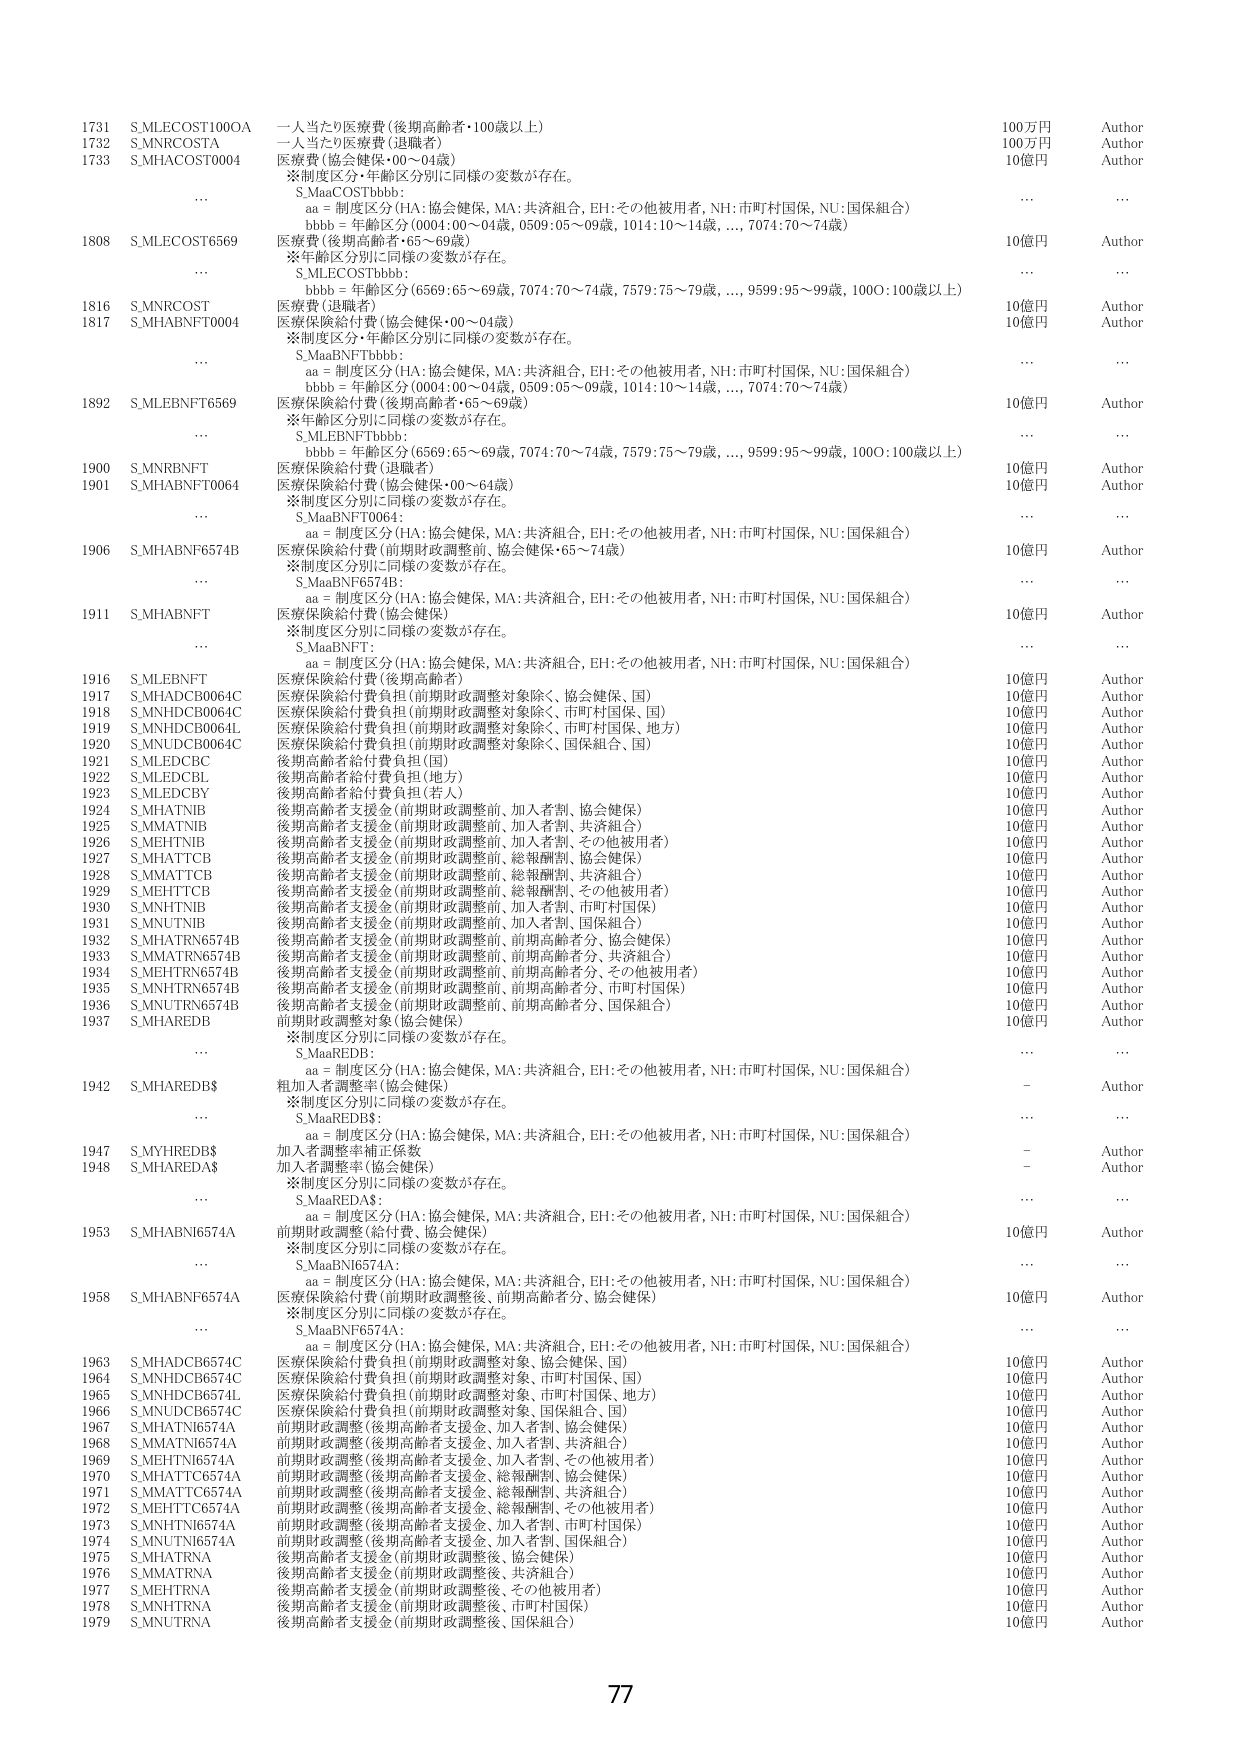
1731 S_MLECOST100OA 一人当たり医療費（後期高齢者・100歳以上） 100万円 Author
1732 S_MNRCOSTA 一人当たり医療費（退職者） 100万円 Author
1733 S_MHACOST0004 医療費（協会健保・00～04歳） 10億円 Author
　　※制度区分・年齢区分別に同様の変数が存在。
　　S_MaaCOSTbbb:
　　　aa = 制度区分（HA:協会健保, MA:共済組合, EH:その他被用者, NH:市町村国保, NU:国保組合）
　　　bbb = 年齢区分（0004:00～04歳, 0509:05～09歳, 1014:10～14歳,..., 7074:70～74歳）
　　.........
1808 S_MLECOST6569 医療費（後期高齢者・65～69歳） 10億円 Author
　　※年齢区分別に同様の変数が存在。
　　S_MLECOSTbbb:
　　　bbb = 年齢区分（6569:65～69歳, 7074:70～74歳, 7579:75～79歳,..., 9599:95～99歳, 1000:100歳以上）
　　.........
1816 S_MNRCOST 医療費（退職者） 10億円 Author
1817 S_MHABNFT0004 医療保険給付費（協会健保・00～04歳） 10億円 Author
　　※制度区分・年齢区分別に同様の変数が存在。
　　S_MaaBNFTbbb:
　　　aa = 制度区分（HA:協会健保, MA:共済組合, EH:その他被用者, NH:市町村国保, NU:国保組合）
　　　bbb = 年齢区分（0004:00～04歳, 0509:05～09歳, 1014:10～14歳,..., 7074:70～74歳）
　　.........
1892 S_MLEBNFT6569 医療保険給付費（後期高齢者・65～69歳） 10億円 Author
　　※年齢区分別に同様の変数が存在。
　　S_MLEBNFTbbb:
　　　bbb = 年齢区分（6569:65～69歳, 7074:70～74歳, 7579:75～79歳,..., 9599:95～99歳, 1000:100歳以上）
　　.........
1900 S_MNRBNFT 医療保険給付費（退職者） 10億円 Author
1901 S_MHABNFT0064 医療保険給付費（協会健保・00～64歳） 10億円 Author
　　※制度区分別に同様の変数が存在。
　　S_MaaBNFT0064:
　　　aa = 制度区分（HA:協会健保, MA:共済組合, EH:その他被用者, NH:市町村国保, NU:国保組合）
　　.........
1906 S_MHABNF6574B 医療保険給付費（前期財政調整前、協会健保・65～74歳） 10億円 Author
　　※制度区分別に同様の変数が存在。
　　S_MaaBNF6574B:
　　　aa = 制度区分（HA:協会健保, MA:共済組合, EH:その他被用者, NH:市町村国保, NU:国保組合）
　　.........
1911 S_MHABNFT 医療保険給付費（協会健保） 10億円 Author
　　※制度区分別に同様の変数が存在。
　　S_MaaBNFT:
　　　aa = 制度区分（HA:協会健保, MA:共済組合, EH:その他被用者, NH:市町村国保, NU:国保組合）
　　.........
1916 S_MLEBNFT 医療保険給付費（後期高齢者） 10億円 Author
1917 S_MHADC80064C 医療保険給付費負担（前期財政調整対象除く、協会健保、国） 10億円 Author
1918 S_MNHDC80064C 医療保険給付費負担（前期財政調整対象除く、市町村国保、国） 10億円 Author
1919 S_MNHDC80064L 医療保険給付費負担（前期財政調整対象除く、市町村国保、地方） 10億円 Author
1920 S_MNUDC80064C 医療保険給付費負担（前期財政調整対象除く、国保組合、国） 10億円 Author
1921 S_MLEDCBC 後期高齢者給付費負担（国） 10億円 Author
1922 S_MLEDCBL 後期高齢者給付費負担（地方） 10億円 Author
1923 S_MLEDCBY 後期高齢者給付費負担（若人） 10億円 Author
1924 S_MHATNIB 後期高齢者支援金（前期財政調整前、加入者割、協会健保） 10億円 Author
1925 S_MMATNIB 後期高齢者支援金（前期財政調整前、加入者割、共済組合） 10億円 Author
1926 S_MEHTNIB 後期高齢者支援金（前期財政調整前、加入者割、その他被用者） 10億円 Author
1927 S_MHATTCB 後期高齢者支援金（前期財政調整前、総報酬割、協会健保） 10億円 Author
1928 S_MMATTCB 後期高齢者支援金（前期財政調整前、総報酬割、共済組合） 10億円 Author
1929 S_MEHTTCB 後期高齢者支援金（前期財政調整前、総報酬割、その他被用者） 10億円 Author
1930 S_MNHTNIB 後期高齢者支援金（前期財政調整前、加入者割、市町村国保） 10億円 Author
1931 S_MNUTNIB 後期高齢者支援金（前期財政調整前、加入者割、国保組合） 10億円 Author
1932 S_MHATRN6574B 後期高齢者支援金（前期財政調整前、前期高齢者分、協会健保） 10億円 Author
1933 S_MMATRN6574B 後期高齢者支援金（前期財政調整前、前期高齢者分、共済組合） 10億円 Author
1934 S_MEHTRN6574B 後期高齢者支援金（前期財政調整前、前期高齢者分、その他被用者） 10億円 Author
1935 S_MNHTRN6574B 後期高齢者支援金（前期財政調整前、前期高齢者分、市町村国保） 10億円 Author
1936 S_MNUTRN6574B 後期高齢者支援金（前期財政調整前、前期高齢者分、国保組合） 10億円 Author
1937 S_MHAREDB 前期財政調整対象（協会健保） 10億円 Author
　　※制度区分別に同様の変数が存在。
　　S_MaaREDB:
　　　aa = 制度区分（HA:協会健保, MA:共済組合, EH:その他被用者, NH:市町村国保, NU:国保組合）
　　.........
1942 S_MHAREDB$ 組加入者調整率（協会健保） - Author
　　※制度区分別に同様の変数が存在。
　　S_MaaREDB$:
　　　aa = 制度区分（HA:協会健保, MA:共済組合, EH:その他被用者, NH:市町村国保, NU:国保組合）
　　.........
1947 S_MYHREDB$ 加入者調整率補正係数 - Author
1948 S_MHAREDA$ 加入者調整率（協会健保） - Author
　　※制度区分別に同様の変数が存在。
　　S_MaaREDA$:
　　　aa = 制度区分（HA:協会健保, MA:共済組合, EH:その他被用者, NH:市町村国保, NU:国保組合）
　　.........
1953 S_MHABN16574A 前期財政調整（給付費、協会健保） 10億円 Author
　　※制度区分別に同様の変数が存在。
　　S_MaaBN16574A:
　　　aa = 制度区分（HA:協会健保, MA:共済組合, EH:その他被用者, NH:市町村国保, NU:国保組合）
　　.........
1958 S_MHABNF6574A 医療保険給付費（前期財政調整後、前期高齢者分、協会健保） 10億円 Author
　　※制度区分別に同様の変数が存在。
　　S_MaaBNF6574A:
　　　aa = 制度区分（HA:協会健保, MA:共済組合, EH:その他被用者, NH:市町村国保, NU:国保組合）
　　.........
1963 S_MHADC86574C 医療保険給付費負担（前期財政調整対象、協会健保、国） 10億円 Author
1964 S_MNHDC86574C 医療保険給付費負担（前期財政調整対象、市町村国保、国） 10億円 Author
1965 S_MNHDC86574L 医療保険給付費負担（前期財政調整対象、市町村国保、地方） 10億円 Author
1966 S_MNUDC86574C 医療保険給付費負担（前期財政調整対象、国保組合、国） 10億円 Author
1967 S_MHATN16574A 前期財政調整（後期高齢者支援金、加入者割、協会健保） 10億円 Author
1968 S_MMATN16574A 前期財政調整（後期高齢者支援金、加入者割、共済組合） 10億円 Author
1969 S_MEHTN16574A 前期財政調整（後期高齢者支援金、加入者割、その他被用者） 10億円 Author
1970 S_MHATTC6574A 前期財政調整（後期高齢者支援金、総報酬割、協会健保） 10億円 Author
1971 S_MMATTC6574A 前期財政調整（後期高齢者支援金、総報酬割、共済組合） 10億円 Author
1972 S_MEHTTC6574A 前期財政調整（後期高齢者支援金、総報酬割、その他被用者） 10億円 Author
1973 S_MNHNT16574A 前期財政調整（後期高齢者支援金、加入者割、市町村国保） 10億円 Author
1974 S_MNUTN16574A 前期財政調整（後期高齢者支援金、加入者割、国保組合） 10億円 Author
1975 S_MHATRNA 後期高齢者支援金（前期財政調整後、協会健保） 10億円 Author
1976 S_MMATRNA 後期高齢者支援金（前期財政調整後、共済組合） 10億円 Author
1977 S_MEHTRNA 後期高齢者支援金（前期財政調整後、その他被用者） 10億円 Author
1978 S_MNHTRNA 後期高齢者支援金（前期財政調整後、市町村国保） 10億円 Author
1979 S_MNUTRNA 後期高齢者支援金（前期財政調整後、国保組合） 10億円 Author

77